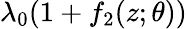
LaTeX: \lambda_{0}(1+f_{2}(z;\theta))